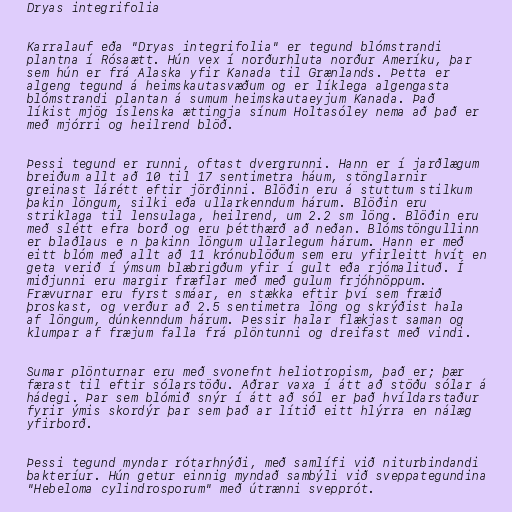
Dryas integrifolia

Karralauf eða "Dryas integrifolia" er tegund blómstrandi
plantna í Rósaætt. Hún vex í norðurhluta norður Ameríku, þar
sem hún er frá Alaska yfir Kanada til Grænlands. Þetta er
algeng tegund á heimskautasvæðum og er líklega algengasta
blómstrandi plantan á sumum heimskautaeyjum Kanada. Það
líkist mjög íslenska ættingja sínum Holtasóley nema að það er
með mjórri og heilrend blöð.

Þessi tegund er runni, oftast dvergrunni. Hann er í jarðlægum
breiðum allt að 10 til 17 sentimetra háum, stönglarnir
greinast lárétt eftir jörðinni. Blöðin eru á stuttum stilkum
þakin löngum, silki eða ullarkenndum hárum. Blöðin eru
striklaga til lensulaga, heilrend, um 2.2 sm löng. Blöðin eru
með slétt efra borð og eru þétthærð að neðan. Blómstöngullinn
er blaðlaus e n þakinn löngum ullarlegum hárum. Hann er með
eitt blóm með allt að 11 krónublöðum sem eru yfirleitt hvít en
geta verið í ýmsum blæbrigðum yfir í gult eða rjómalituð. Í
miðjunni eru margir fræflar með með gulum frjóhnöppum.
Frævurnar eru fyrst smáar, en stækka eftir því sem fræið
þroskast, og verður að 2.5 sentimetra löng og skrýðist hala
af löngum, dúnkenndum hárum. Þessir halar flækjast saman og
klumpar af fræjum falla frá plöntunni og dreifast með vindi.

Sumar plönturnar eru með svonefnt heliotropism, það er; þær
færast til eftir sólarstöðu. Aðrar vaxa í átt að stöðu sólar á
hádegi. Þar sem blómið snýr í átt að sól er það hvíldarstaður
fyrir ýmis skordýr þar sem það ar lítið eitt hlýrra en nálæg
yfirborð.

Þessi tegund myndar rótarhnýði, með samlífi við niturbindandi
bakteríur. Hún getur einnig myndað sambýli við sveppategundina
"Hebeloma cylindrosporum" með útrænni svepprót.